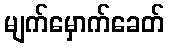
မျက်မှောက်ခေတ်